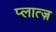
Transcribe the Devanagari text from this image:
प्लात्ज़